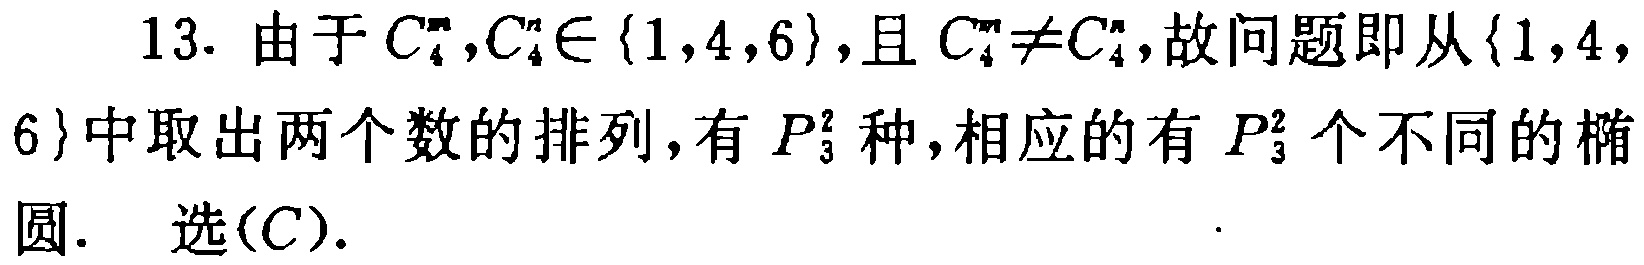
13. 由于\(C_{4}^{m},C_{4}^{n}\in\{1,4,6\}\)，且\(C_{4}^{m}\neq C_{4}^{n}\)，故问题即从\(\{1,4,6\}\)中取出两个数的排列，有\(P_{3}^{2}\)种，相应的有\(P_{3}^{2}\)个不同的椭圆.  选\((C)\).